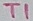
Text: T1